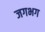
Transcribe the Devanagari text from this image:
जगभग